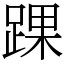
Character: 踝